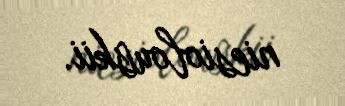
niesiolowskii.